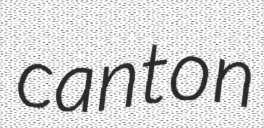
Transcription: canton